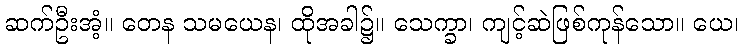
ဆက်ဦးအံ့။ တေန သမယေန၊ ထိုအခါ၌။ သေက္ခာ၊ ကျင့်ဆဲဖြစ်ကုန်သော။ ယေ၊